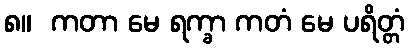
၈။  ကတာ မေ ရက္ခာ ကတံ မေ ပရိတ္တံ